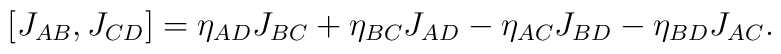
[J_{AB}, J_{CD}]=\eta _{AD}J_{BC}+\eta _{BC}J_{AD}-\eta _{AC}J_{BD}-\eta _{BD}J_{AC}.